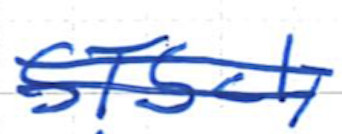
Text: STScI,
Cross-out: double-line
Writing tool: ballpoint